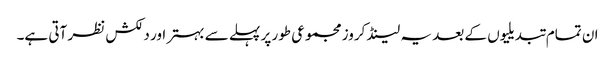
ان تمام تبدیلیوں کے بعد یہ لینڈ کروز مجموعی طور پر پہلے سے بہتر اور دلکش نظر آتی ہے۔